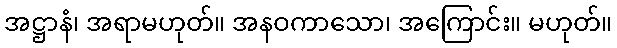
အဋ္ဌာနံ၊ အရာမဟုတ်။ အနဝကာသော၊ အကြောင်း။ မဟုတ်။